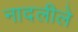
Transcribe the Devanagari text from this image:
नादलीले